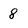
Character: 8